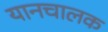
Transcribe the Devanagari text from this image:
यानचालक